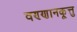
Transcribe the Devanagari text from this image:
वण्णानकूत्तु